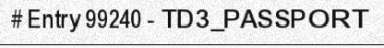
# Entry 99240 - TD3_PASSPORT